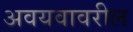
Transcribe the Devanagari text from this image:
अवयवावरील